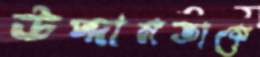
উদ্দামতাকে